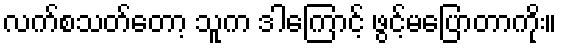
လက်စသတ်တော့ သူက ဒါကြောင့် ဖွင့်မပြောတာကိုး။